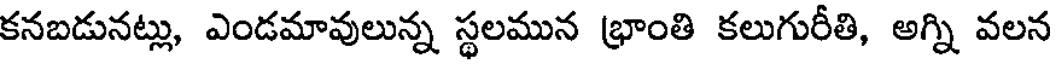
కనబడునట్లు, ఎండమావులున్న స్థలమున భ్రాంతి కలుగురీతి, అగ్ని వలన